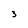
Character: 3